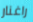
راغنار